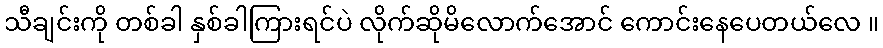
သီချင်းကို တစ်ခါ နှစ်ခါကြားရင်ပဲ လိုက်ဆိုမိလောက်အောင် ကောင်းနေပေတယ်လေ ။